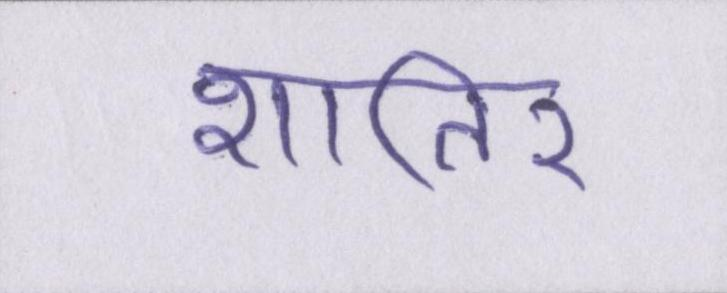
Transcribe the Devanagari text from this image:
शातिर